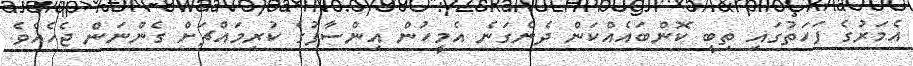
އެމަރުގެ ފަހަތުގައި ތިބީ ކޮންބައެއްކަން ދެނެގަނެ އެމީހުން އިންސާފުގެ ކުރިމައްޗަށް ގެންނަން ޖެހެއެވެ.